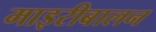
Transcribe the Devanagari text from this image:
माइरीबालन